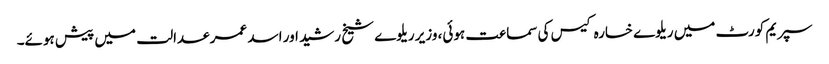
سپریم کورٹ میں ریلوے خسارہ کیس کی سماعت ہوئی، وزیر ریلوے شیخ رشید اور اسد عمر عدالت میں پیش ہوئے۔